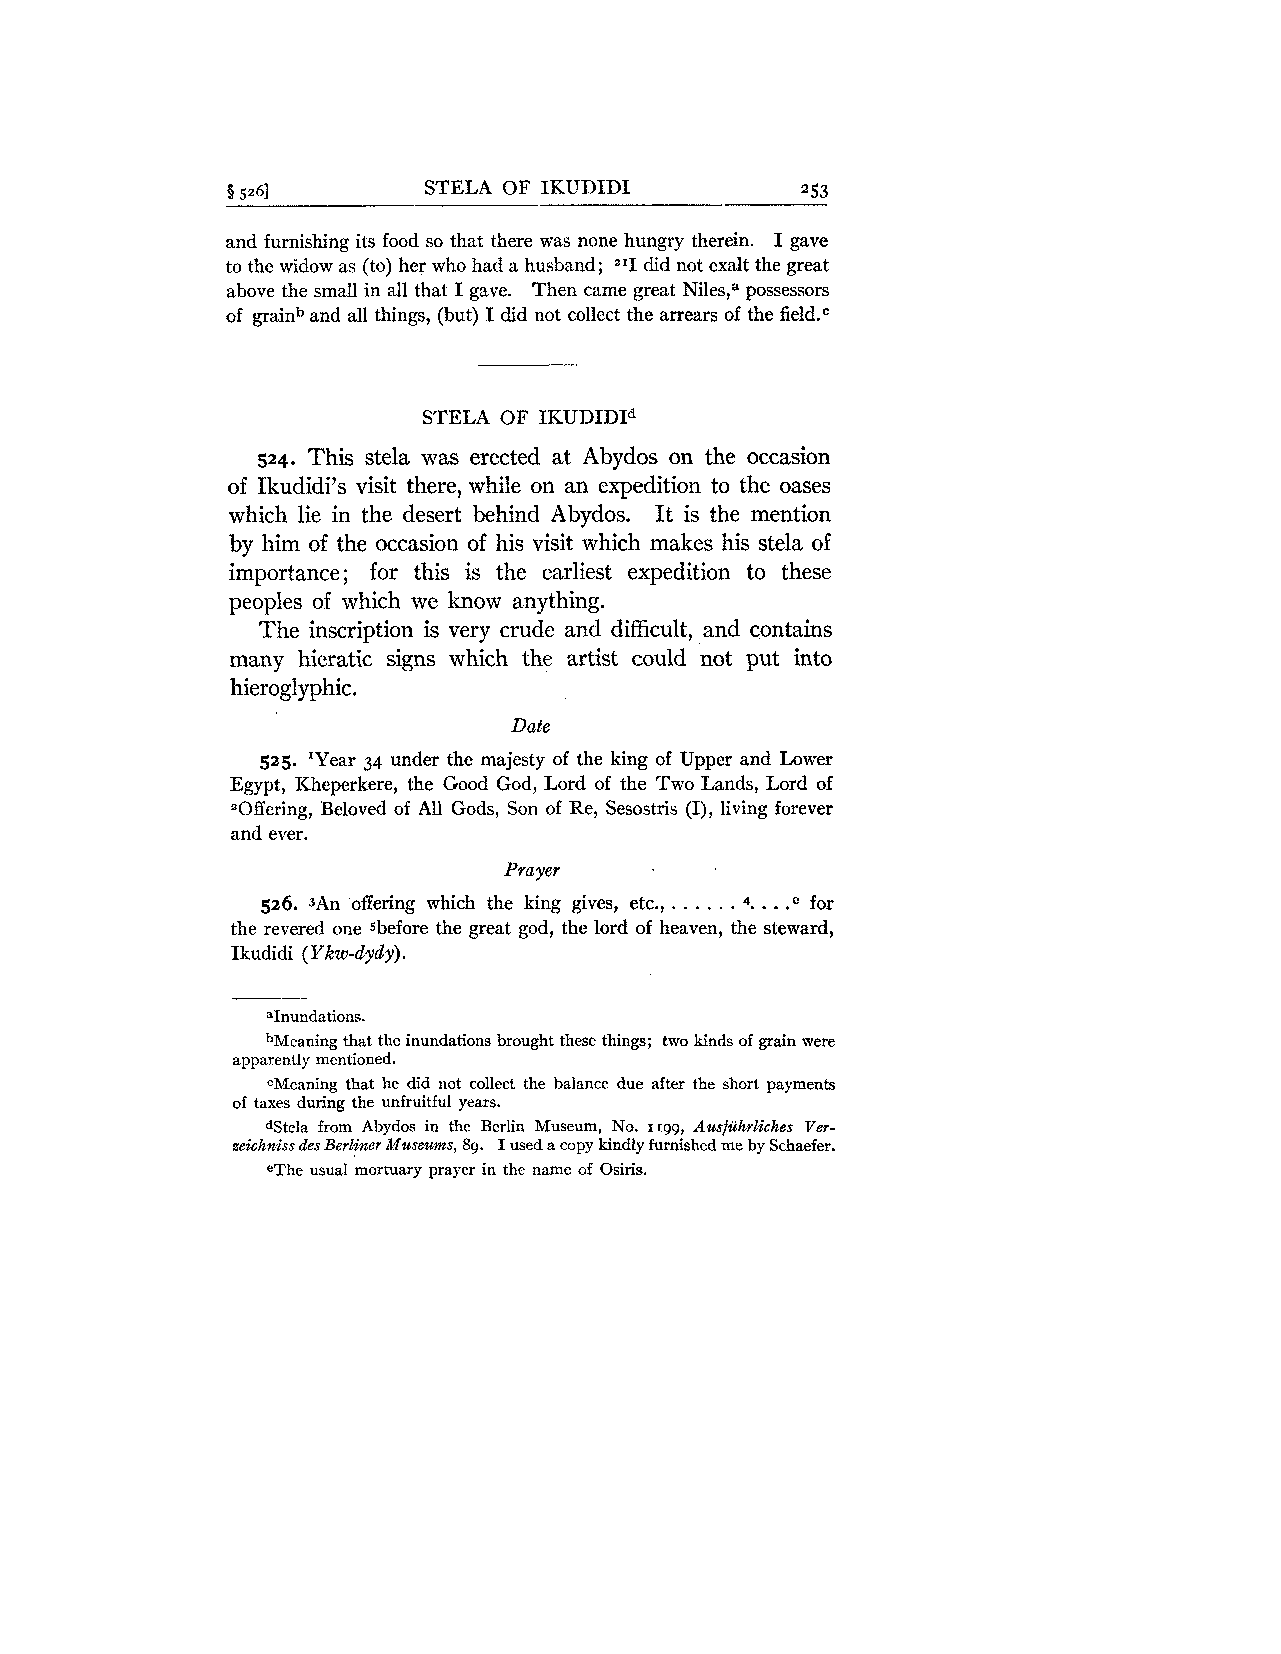
9 5261       STELA OF IKUDIDI         253
 and furnishing its food so that there was none hungry therein. I gave
 to the widow as (to) her who had a husband; did not exalt the great
 above the small in all that I gave. Then came great Niles," possessors
 of grainb and all things, (but) I did not collect the arrears of the field.c
 STELA OF IKUDIDId
 524. This stela was erected at Abydos on the occasion
 of Ikudidi's visit there, while on an expedition to the oases
 which lie in the desert behind Abydos. It is the mention
 by him of the occasion of his visit which makes his stela of
 importance; for this is the earliest expedition to these
 peoples of which we know anything.
 The inscription is very crude and difficult, and contains
 many hieratic signs which the artist could not put into
 hieroglyphic.
 Date
 525. Tear 34 under the majesty of the king of Upper and Lower
 Egypt, Kheperkere, the Good God, Lord of the Two Lands, Lord of
 "Offering, Beloved of All Gods, Son of Re, Sesostris (I), living forever
 and ever.
 Prayer
 . . . . . . . .
 526. 3An offering which the king gives, etc., 4. .e for
 the revered one sbefore the great god, the lord of heaven, the steward,
 Ikudidi ( Ykw-dydy).
 bMeaning that the inundations brought these things; two kinds of grain were
 apparently mentioned.
 CMeaning that he did not collect the balance due after the short payments
 of taxes during the unfruitful years.
 dStela from Abydos in the Berlin Museum, No. 1199, Ausfiihrliches Ver-
 zeichniss des Berliner Museums, 89. I used a copy kindly furnished me by Schaefer.
 eThe usual mortuary prayer in the name of Osiris.